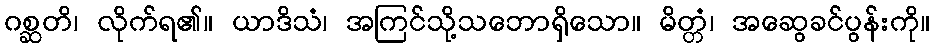
ဂစ္ဆတိ၊ လိုက်ရ၏။ ယာဒိသံ၊ အကြင်သို့သဘောရှိသော။ မိတ္တံ၊ အဆွေခင်ပွန်းကို။